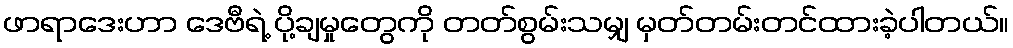
ဖာရာဒေးဟာ ဒေဗီရဲ့ ပို့ချမှုတွေကို တတ်စွမ်းသမျှ မှတ်တမ်းတင်ထားခဲ့ပါတယ်။